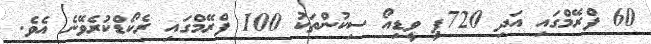
60 ފްރޭމްގައި އަދި 720ޕީ ވީޑިއޯ ސިކުންތަކު 100 ފްރޭމްގައި ރެކޯޑްކުރެވޭނެ އެވެ.